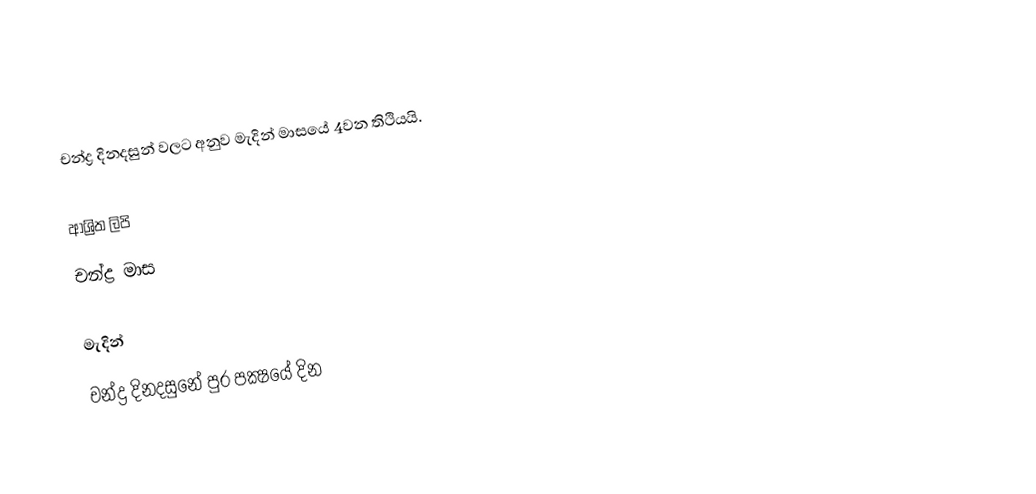
චන්ද්‍ර දිනදසුන් වලට අනුව මැදින් මාසයේ 4වන තිථියයි.

ආශ්‍රිත ලිපි
 චන්ද්‍ර මාස

මැදින්
චන්ද්‍ර දිනදසුනේ පුර පක්‍ෂයේ දින